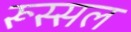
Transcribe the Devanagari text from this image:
रूस्सल